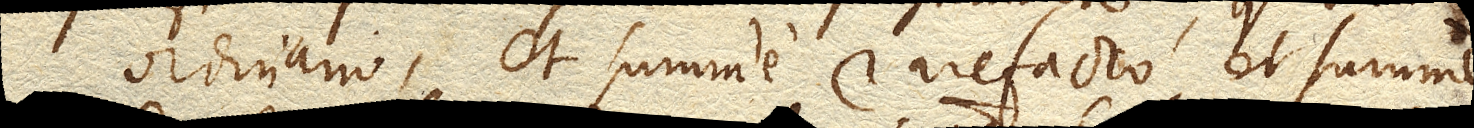
ordinario, et summe rarefacto, et summe